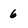
Character: 6